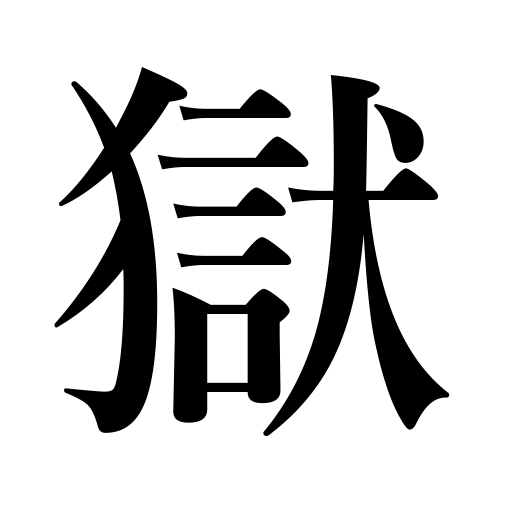
Meanings: prison,jail